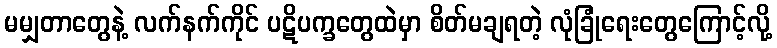
မမျှတာတွေနဲ့ လက်နက်ကိုင် ပဋိပက္ခတွေထဲမှာ စိတ်မချရတဲ့ လုံခြုံရေးတွေကြောင့်လို့